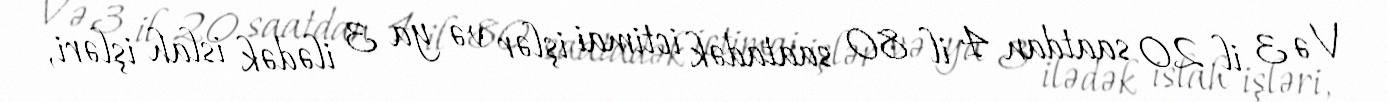
Və 3 il 20 saatdan 4 il 80 saatadək ictimai işlər və ya 3 ilədək islah işləri,